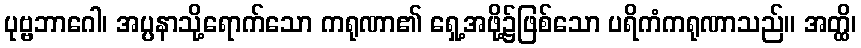
ပုဗ္ဗဘာဂေါ၊ အပ္ပနာသို့ရောက်သော ကရုဏာ၏ ရှေ့အဖို့၌ဖြစ်သော ပရိကံကရုဏာသည်။ အတ္ထိ၊